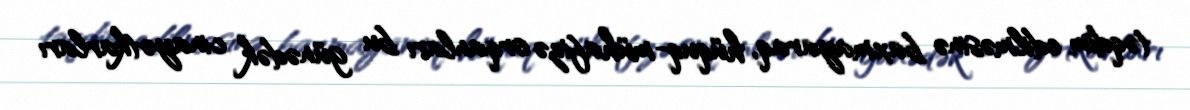
təqdim edilməsinə baxmayaraq, hüquq-mühafizə orqanları bu günədək cinayətkarları